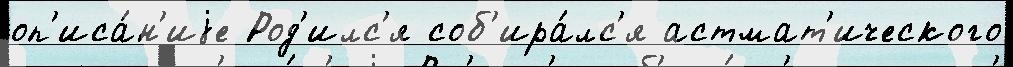
оп'иса́н'иjе Род'илс'я соб'ира́лс'я астмат'ического